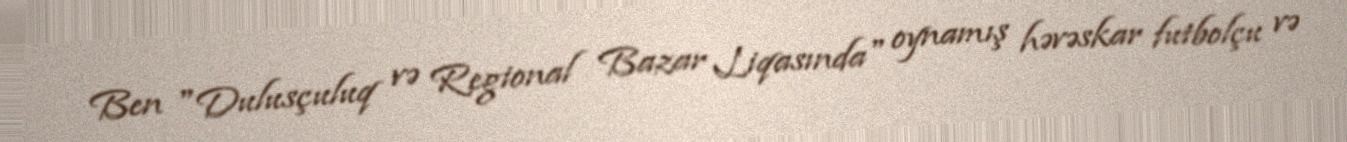
Ben "Dulusçuluq və Regional Bazar Liqasında" oynamış həvəskar futbolçu və